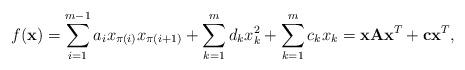
LaTeX: \begin{align*}f(\mathbf{x})=\sum_{i=1}^{m-1} a_{i} x_{\pi(i)} x_{\pi(i+1)} + \sum_{k=1}^{m} d_{k} x_{k}^{2}+ \sum_{k=1}^{m} c_{k}x_{k}=\mathbf{x}\mathbf{A}\mathbf{x}^{T}+\mathbf{c}\mathbf{x}^{T},\end{align*}